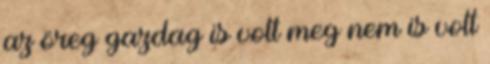
az öreg gazdag is volt meg nem is volt